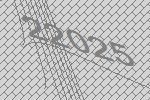
22025